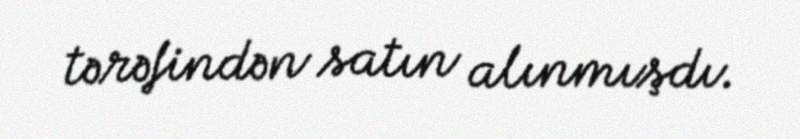
tərəfindən satın alınmışdı.